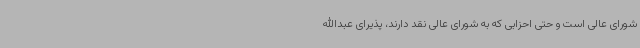
شورای عالی است و حتی احزابی که به شورای عالی نقد دارند، پذیرای عبدالله